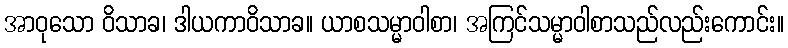
အာဝုသော ဝိသာခ၊ ဒါယကာဝိသာခ။ ယာစသမ္မာဝါစာ၊ အကြင်သမ္မာဝါစာသည်လည်းကောင်း။